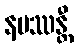
နမဿန္တီ